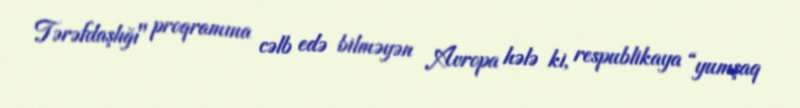
Tərəfdaşlığı" proqramına cəlb edə bilməyən Avropa hələ ki, respublikaya “yumşaq